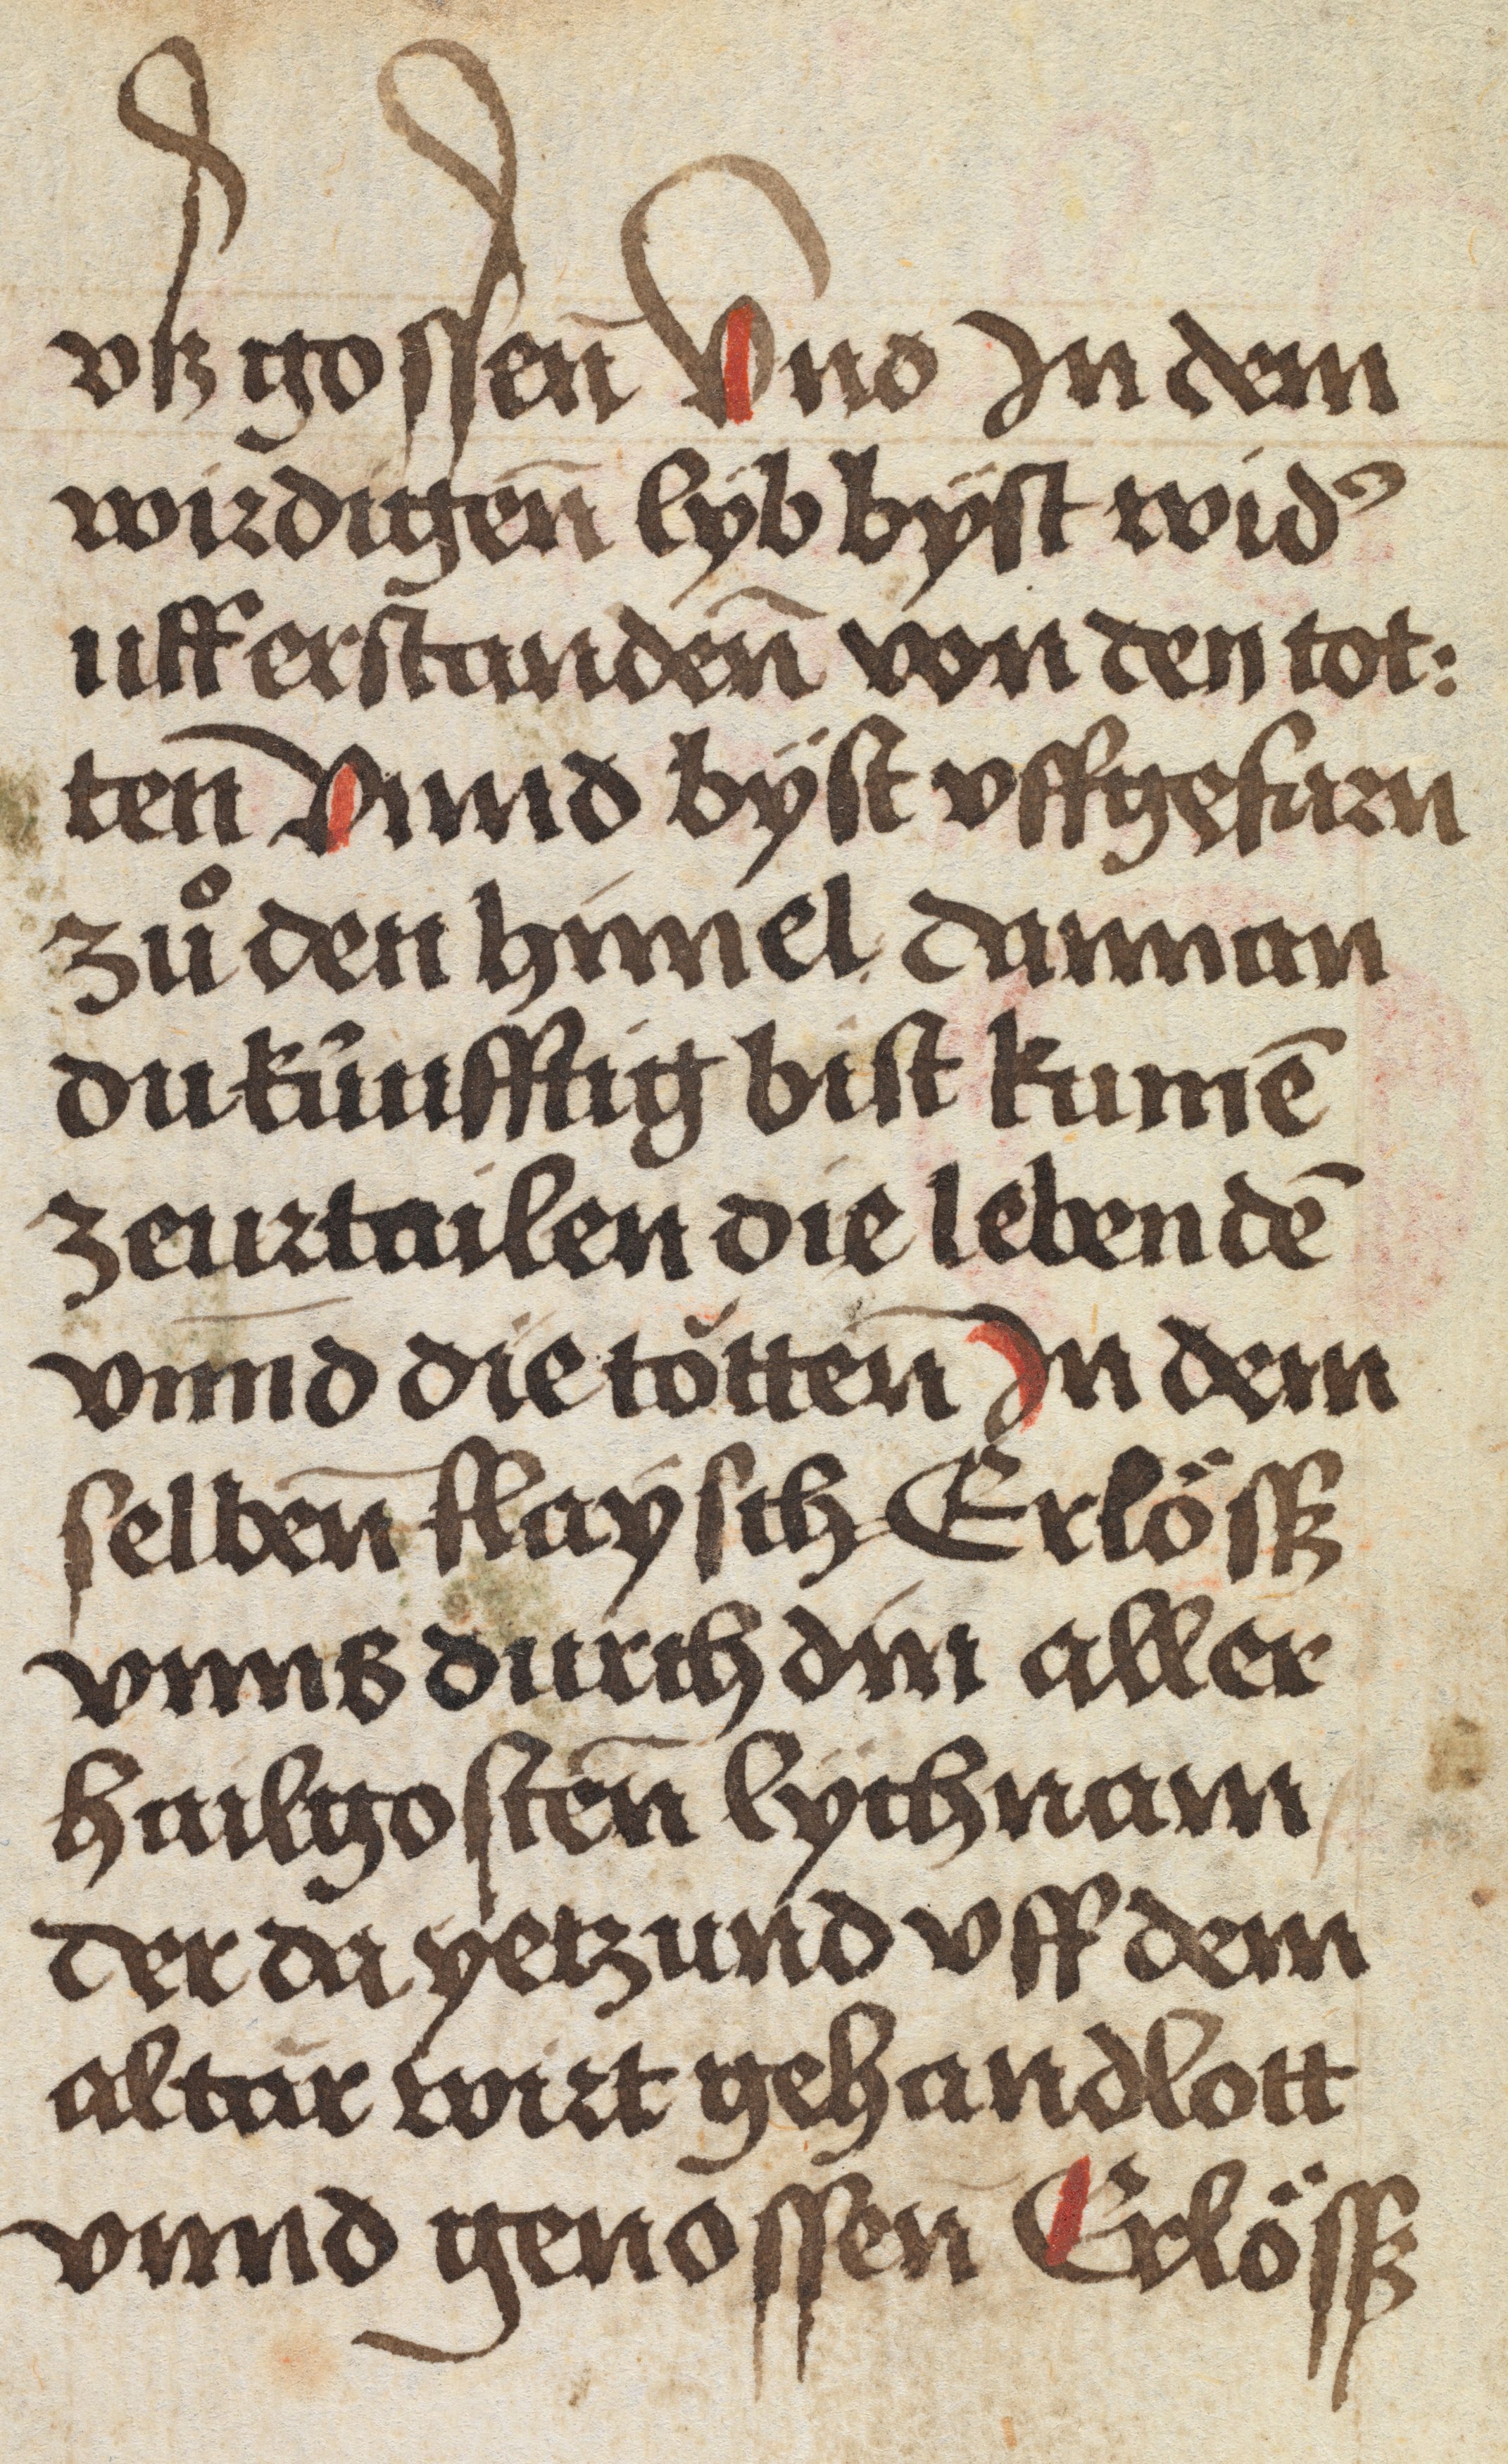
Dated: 1484–1485